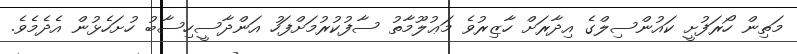
މަތިން ހޯރަފުށީ ކައުންސިލްގެ އިދާރަށް ހާޒިރުވެ މަޢުލޫމާތު ސާފުކުރުމަށްފަހު އަންދާސީހިސާބު ހުށަހެޅުން އެދެމެވެ.